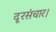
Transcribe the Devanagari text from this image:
दूरसंचार।